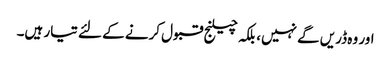
اور وہ ڈریں گے نہیں، بلکہ چیلنج قبول کرنے کے لئے تیار ہیں۔